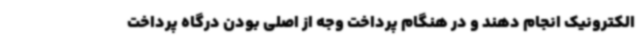
الکترونیک انجام دهند و در هنگام پرداخت وجه از اصلی بودن درگاه پرداخت